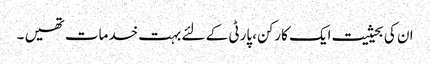
ان کی بحیثیت ایک کارکن، پارٹی کے لئے بہت خدمات تھیں ۔